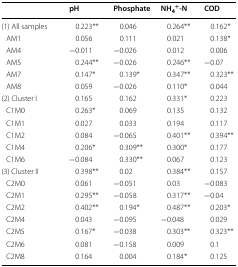
<table><thead><tr><td></td><td><b>pH</b></td><td><b>Phosphate</b></td><td><b>NH<sub>4</sub><sup>+</sup>-N</b></td><td><b>COD</b></td></tr></thead><tbody><tr><td>(1) All samples</td><td>0.223**</td><td>0.046</td><td>0.264**</td><td>0.162*</td></tr><tr><td> AM1</td><td>0.056</td><td>0.111</td><td>0.021</td><td>0.138*</td></tr><tr><td> AM4</td><td>−0.011</td><td>−0.026</td><td>0.012</td><td>0.006</td></tr><tr><td> AM5</td><td>0.244**</td><td>−0.026</td><td>0.246**</td><td>−0.07</td></tr><tr><td> AM7</td><td>0.147*</td><td>0.139*</td><td>0.347**</td><td>0.323**</td></tr><tr><td> AM8</td><td>0.059</td><td>−0.026</td><td>0.110*</td><td>0.044</td></tr><tr><td>(2) Cluster I</td><td>0.165</td><td>0.162</td><td>0.331*</td><td>0.223</td></tr><tr><td> C1M0</td><td>0.263*</td><td>0.069</td><td>0.135</td><td>0.132</td></tr><tr><td> C1M1</td><td>0.027</td><td>0.033</td><td>0.194</td><td>0.117</td></tr><tr><td> C1M2</td><td>0.084</td><td>−0.065</td><td>0.401**</td><td>0.394**</td></tr><tr><td> C1M4</td><td>0.206*</td><td>0.309**</td><td>0.300*</td><td>0.177</td></tr><tr><td> C1M6</td><td>−0.084</td><td>0.330**</td><td>0.067</td><td>0.123</td></tr><tr><td>(3) Cluster II</td><td>0.398**</td><td>0.02</td><td>0.384**</td><td>0.157</td></tr><tr><td> C2M0</td><td>0.061</td><td>−0.051</td><td>0.03</td><td>−0.083</td></tr><tr><td> C2M1</td><td>0.295**</td><td>−0.058</td><td>0.317**</td><td>−0.04</td></tr><tr><td> C2M2</td><td>0.402**</td><td>0.194*</td><td>0.487**</td><td>0.203*</td></tr><tr><td> C2M4</td><td>0.043</td><td>−0.095</td><td>−0.048</td><td>0.029</td></tr><tr><td> C2M5</td><td>0.167*</td><td>−0.038</td><td>0.303**</td><td>0.323**</td></tr><tr><td> C2M6</td><td>0.081</td><td>−0.158</td><td>0.009</td><td>0.1</td></tr><tr><td> C2M8</td><td>0.164</td><td>0.004</td><td>0.184*</td><td>0.125</td></tr></tbody></table>